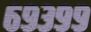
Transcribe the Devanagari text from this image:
६९३९९